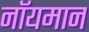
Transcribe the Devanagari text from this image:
नॉयमान